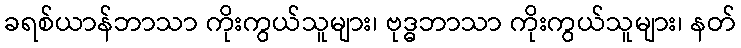
ခရစ်ယာန်ဘာသာ ကိုးကွယ်သူများ၊ ဗုဒ္ဓဘာသာ ကိုးကွယ်သူများ၊ နတ်